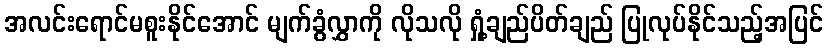
အလင်းရောင်မစူးနိုင်အောင် မျက်ခွံလွှာကို လိုသလို ရှုံ့ချည်ပိတ်ချည် ပြုလုပ်နိုင်သည့်အပြင်